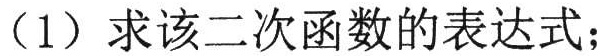
（1）求该二次函数的表达式；